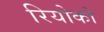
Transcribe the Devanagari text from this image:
रियोको